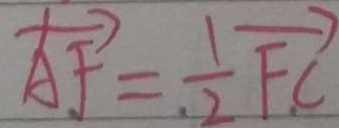
\overrightarrow { A F } = \frac { 1 } { 2 } \overrightarrow { F C }